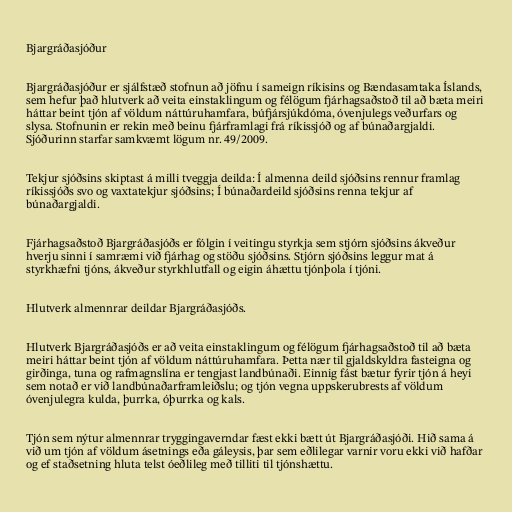
Bjargráðasjóður

Bjargráðasjóður er sjálfstæð stofnun að jöfnu í sameign ríkisins og Bændasamtaka Íslands,
sem hefur það hlutverk að veita einstaklingum og félögum fjárhagsaðstoð til að bæta meiri
háttar beint tjón af völdum náttúruhamfara, búfjársjúkdóma, óvenjulegs veðurfars og
slysa. Stofnunin er rekin með beinu fjárframlagi frá ríkissjóð og af búnaðargjaldi.
Sjóðurinn starfar samkvæmt lögum nr. 49/2009.

Tekjur sjóðsins skiptast á milli tveggja deilda: Í almenna deild sjóðsins rennur framlag
ríkissjóðs svo og vaxtatekjur sjóðsins; Í búnaðardeild sjóðsins renna tekjur af
búnaðargjaldi.

Fjárhagsaðstoð Bjargráðasjóðs er fólgin í veitingu styrkja sem stjórn sjóðsins ákveður
hverju sinni í samræmi við fjárhag og stöðu sjóðsins. Stjórn sjóðsins leggur mat á
styrkhæfni tjóns, ákveður styrkhlutfall og eigin áhættu tjónþola í tjóni.

Hlutverk almennrar deildar Bjargráðasjóðs.

Hlutverk Bjargráðasjóðs er að veita einstaklingum og félögum fjárhagsaðstoð til að bæta
meiri háttar beint tjón af völdum náttúruhamfara. Þetta nær til gjaldskyldra fasteigna og
girðinga, tuna og rafmagnslína er tengjast landbúnaði. Einnig fást bætur fyrir tjón á heyi
sem notað er við landbúnaðarframleiðslu; og tjón vegna uppskerubrests af völdum
óvenjulegra kulda, þurrka, óþurrka og kals.

Tjón sem nýtur almennrar tryggingaverndar fæst ekki bætt út Bjargráðasjóði. Hið sama á
við um tjón af völdum ásetnings eða gáleysis, þar sem eðlilegar varnir voru ekki við hafðar
og ef staðsetning hluta telst óeðlileg með tilliti til tjónshættu.